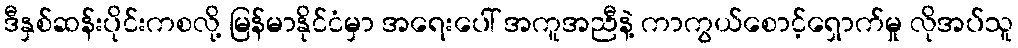
ဒီနှစ်ဆန်းပိုင်းကစလို့ မြန်မာနိုင်ငံမှာ အရေးပေါ် အကူအညီနဲ့ ကာကွယ်စောင့်ရှောက်မှု လိုအပ်သူ